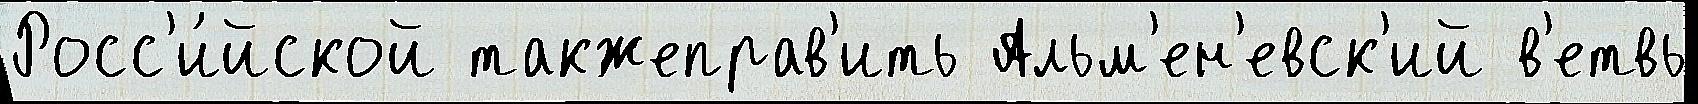
Росс'и́йской такжеправ'ить Альм'ен'евск'ий в'етвь